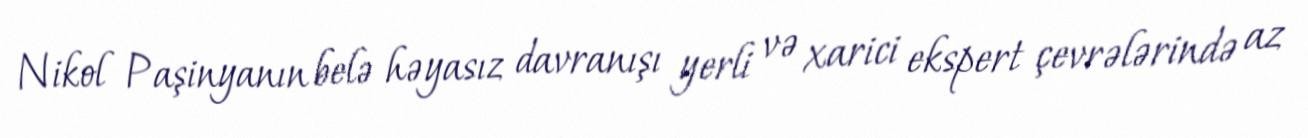
Nikol Paşinyanın belə həyasız davranışı yerli və xarici ekspert çevrələrində az